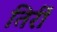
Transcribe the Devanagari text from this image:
तिर्री